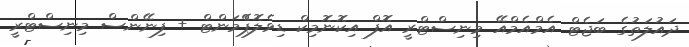
ދައުލަތުގެ ބަޖެޓް އެމްއެމްއޭ މިނިސްޓްރީ އޮފް އިކޮނޮމިކް ޑިވެލޮޕްެމަންޓް + ފިނޭންސް މިނިސްޓްރީ